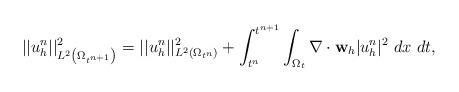
LaTeX: \begin{align*} || u_h^{n}||^2_{L^2 \left( \Omega_{t^{n+1}} \right)} = || u_h^{n}||^2_{L^2( \Omega_{t^{n}})} + \int_{t^{n}}^{t^{n+1}}\int_{\Omega_{t}} \nabla \cdot \mathbf{w}_{h}|u_h^{n}|^2~dx~ dt,\end{align*}